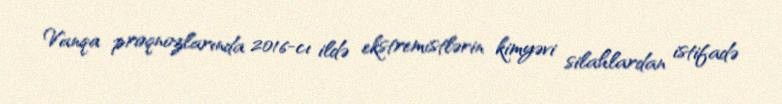
Vanqa proqnozlarında 2016-cı ildə ekstremistlərin kimyəvi silahlardan istifadə